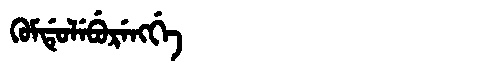
Manchu: ᡴᡠᠮᡩᡠᠯᡝᠪᡠᡵᡝᠩᡤᡝ
Romanization: KUMDULEBURENGGE